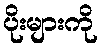
ပိုးများကို